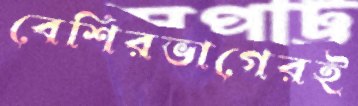
বেশিরভাগেরই